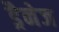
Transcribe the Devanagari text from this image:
ड्रैनेज